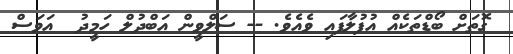
ގޮތަށް ބޯޑްތަކެއް އުފުލާފައި ވެއެވެ. -- ސަލްވީން އަބްދުލް ހަމީދު  އަވަސް